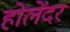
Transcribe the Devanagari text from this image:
होलेंदर